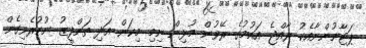
ޕަޓާނުންނާއެކު ރާއްޖެ އައުމުގެ ރޭވުން މުޅިން ނިމި މިކަން އަދި ތަންފީޒު ނުކުރެވިގެން